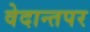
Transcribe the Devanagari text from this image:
वेदान्तपर